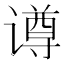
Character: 𬤢